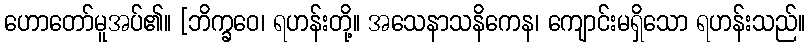
ဟောတော်မူအပ်၏။ [ဘိက္ခဝေ၊ ရဟန်းတို့။ အသေနာသနိကေန၊ ကျောင်းမရှိသော ရဟန်းသည်။